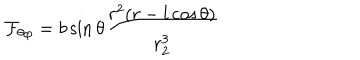
LaTeX: { \cal F } _ { \theta \varphi } = b \sin \theta { \frac { r ^ { 2 } ( r - l \cos \theta ) } { r _ { 2 } ^ { 3 } } }